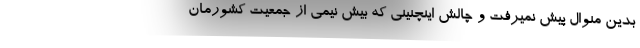
بدین منوال پیش نمیرفت و چالش اینچنینی که بیش نیمی از جمعیت کشورمان